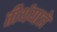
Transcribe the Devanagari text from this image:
तीर्थयात्रे